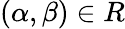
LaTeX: (\alpha,\beta)\in R